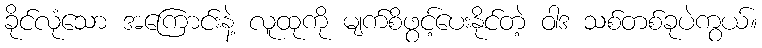
ခိုင်လုံသော အကြောင်းနဲ့ လူထုကို မျက်စိဖွင့်ပေးနိုင်တဲ့ ဝါဒ သစ်တစ်ခုပဲကွယ်။